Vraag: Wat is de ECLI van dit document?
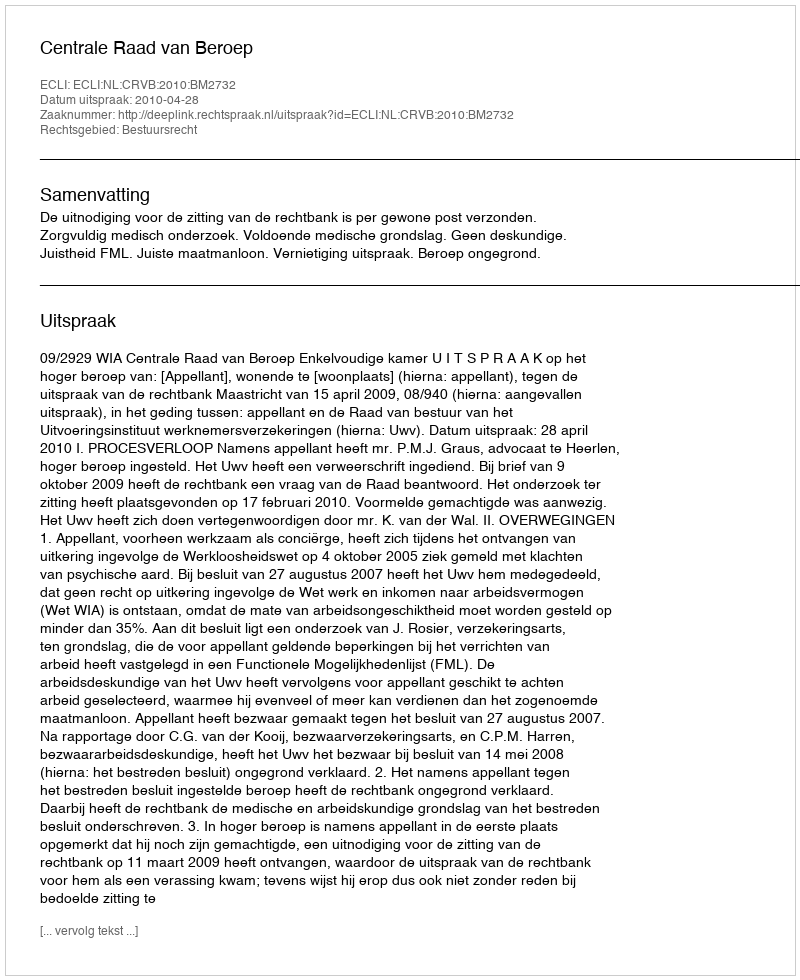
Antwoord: ECLI:NL:CRVB:2010:BM2732